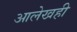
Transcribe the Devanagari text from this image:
आलेखही